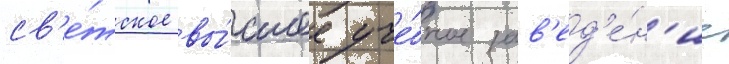
св'е́тское вы́сшее уче́бное зав'ед'е́н'ие